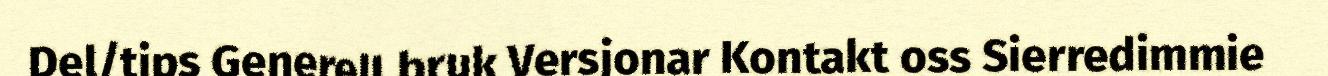
Del/tips Generell bruk Versjonar Kontakt oss Sierredimmie